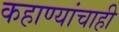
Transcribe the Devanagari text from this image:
कहाण्यांचाही